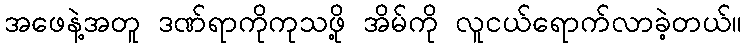
အဖေနဲ့အတူ ဒဏ်ရာကိုကုသဖို့ အိမ်ကို လူငယ်ရောက်လာခဲ့တယ်။